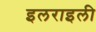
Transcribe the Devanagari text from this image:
इलराइली